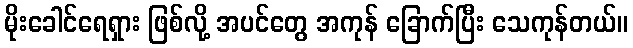
မိုးခေါင်ရေရှား ဖြစ်လို့ အပင်တွေ အကုန် ခြောက်ပြီး သေကုန်တယ်။